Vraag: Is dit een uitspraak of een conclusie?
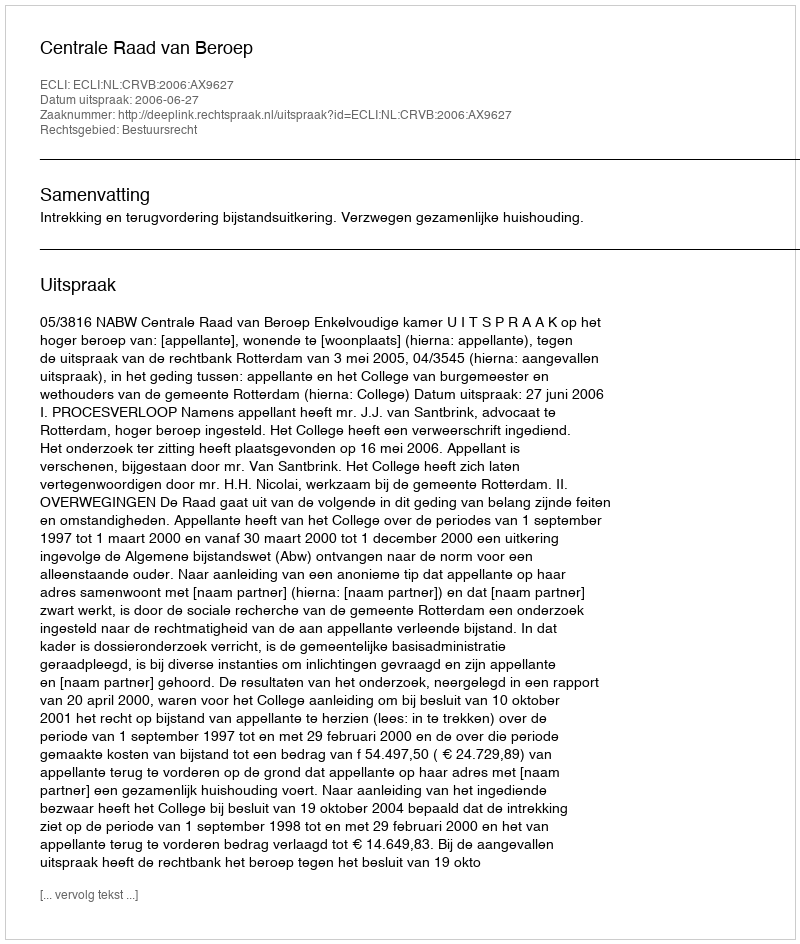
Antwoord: Uitspraak